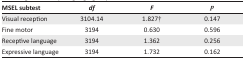
<table><thead><tr><td><b>MSEL subtest</b></td><td><b><i>df</i></b></td><td><b><i>F</i></b></td><td><b><i>p</i></b></td></tr></thead><tbody><tr><td>Visual reception</td><td>3104.14</td><td>1.827†</td><td>0.147</td></tr><tr><td>Fine motor</td><td>3194</td><td>0.630</td><td>0.596</td></tr><tr><td>Receptive language</td><td>3194</td><td>1.362</td><td>0.256</td></tr><tr><td>Expressive language</td><td>3194</td><td>1.732</td><td>0.162</td></tr></tbody></table>